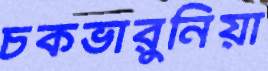
চকভারুনিয়া